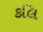
કલિ